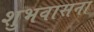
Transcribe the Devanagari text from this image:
शुभवासना